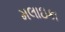
મલાઇકા